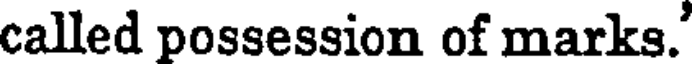
called possession of marks.'